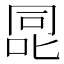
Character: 㖯